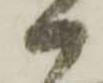
か